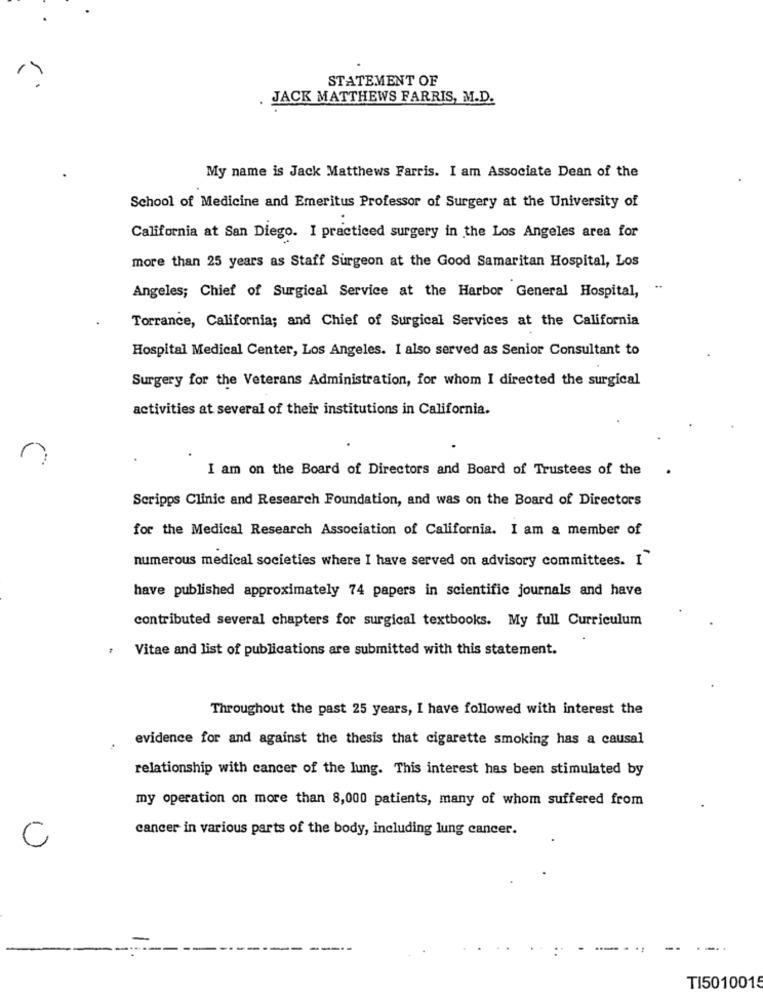
STATEMENT OF
JACK MATTHEWS FARRIS, M.D.
My name is Jack Matthews Farris. I am Associate Dean of the
School of Medicine and Emeritus Professor of Surgery at the University of
..
California at San Diego. I practiced surgery in the Los Angeles area for
more than 25 years as Staff Surgeon at the Good Samaritan Hospital, Los
Angeles; Chief of Surgical Service at the Harbor General Hospital,
Torrance, California; and Chief of Surgical Services at the California
Hospital Medical Center, Los Angeles. I also served as Senior Consultant to
Surgery for the Veterans Administration, for whom I directed the surgical
activities at several of their institutions in California.
r
I am on the Board of Directors and Board of Trustees of the
Scripps Clinic and Research Foundation, and was on the Board of Directors
for the Medical Research Association of California. I am a member of
numerous medical societies where I have served on advisory committees. I
have published approximately 74 papers in scientific journals and have
contributed several chapters for surgical textbooks. My full Curriculum
Vitae and list of publications are submitted with this statement.
Throughout the past 25 years, I have followed with interest the
evidence for and against the thesis that cigarette smoking has a causal
relationship with cancer of the lung. This interest has been stimulated by
my operation on more than 8,000 patients, many of whom suffered from
cancer in various parts of the body, including lung cancer.
C
.-..
TI5010015